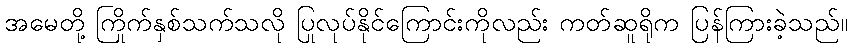
အမေတို့ ကြိုက်နှစ်သက်သလို ပြုလုပ်နိုင်ကြောင်းကိုလည်း ကတ်ဆူရိုက ပြန်ကြားခဲ့သည်။